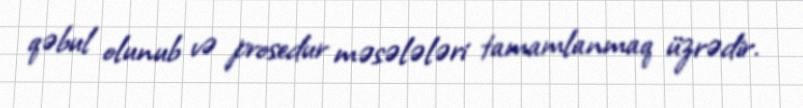
qəbul olunub və prosedur məsələləri tamamlanmaq üzrədir.